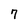
Character: 7